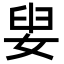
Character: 𡝨